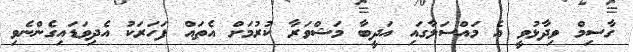
ގާސިމް ވިދާޅުވީ އެ މައްސަލާގައި އަދީބާ މަޝްވަރާ ކުރުމަށް އެތައް ފަހަރަކު އެދިވަޑައިގެންނެވި